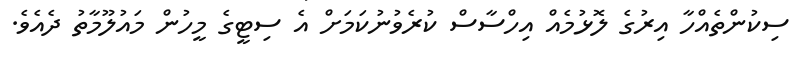
ސިކުންތެއްހާ އިރުގެ ލޮޅުމެއް އިހްސާސް ކުރެވުނުކަމަށް އެ ސިޓީގެ މީހުން މައުލޫމާތު ދެއެވެ.